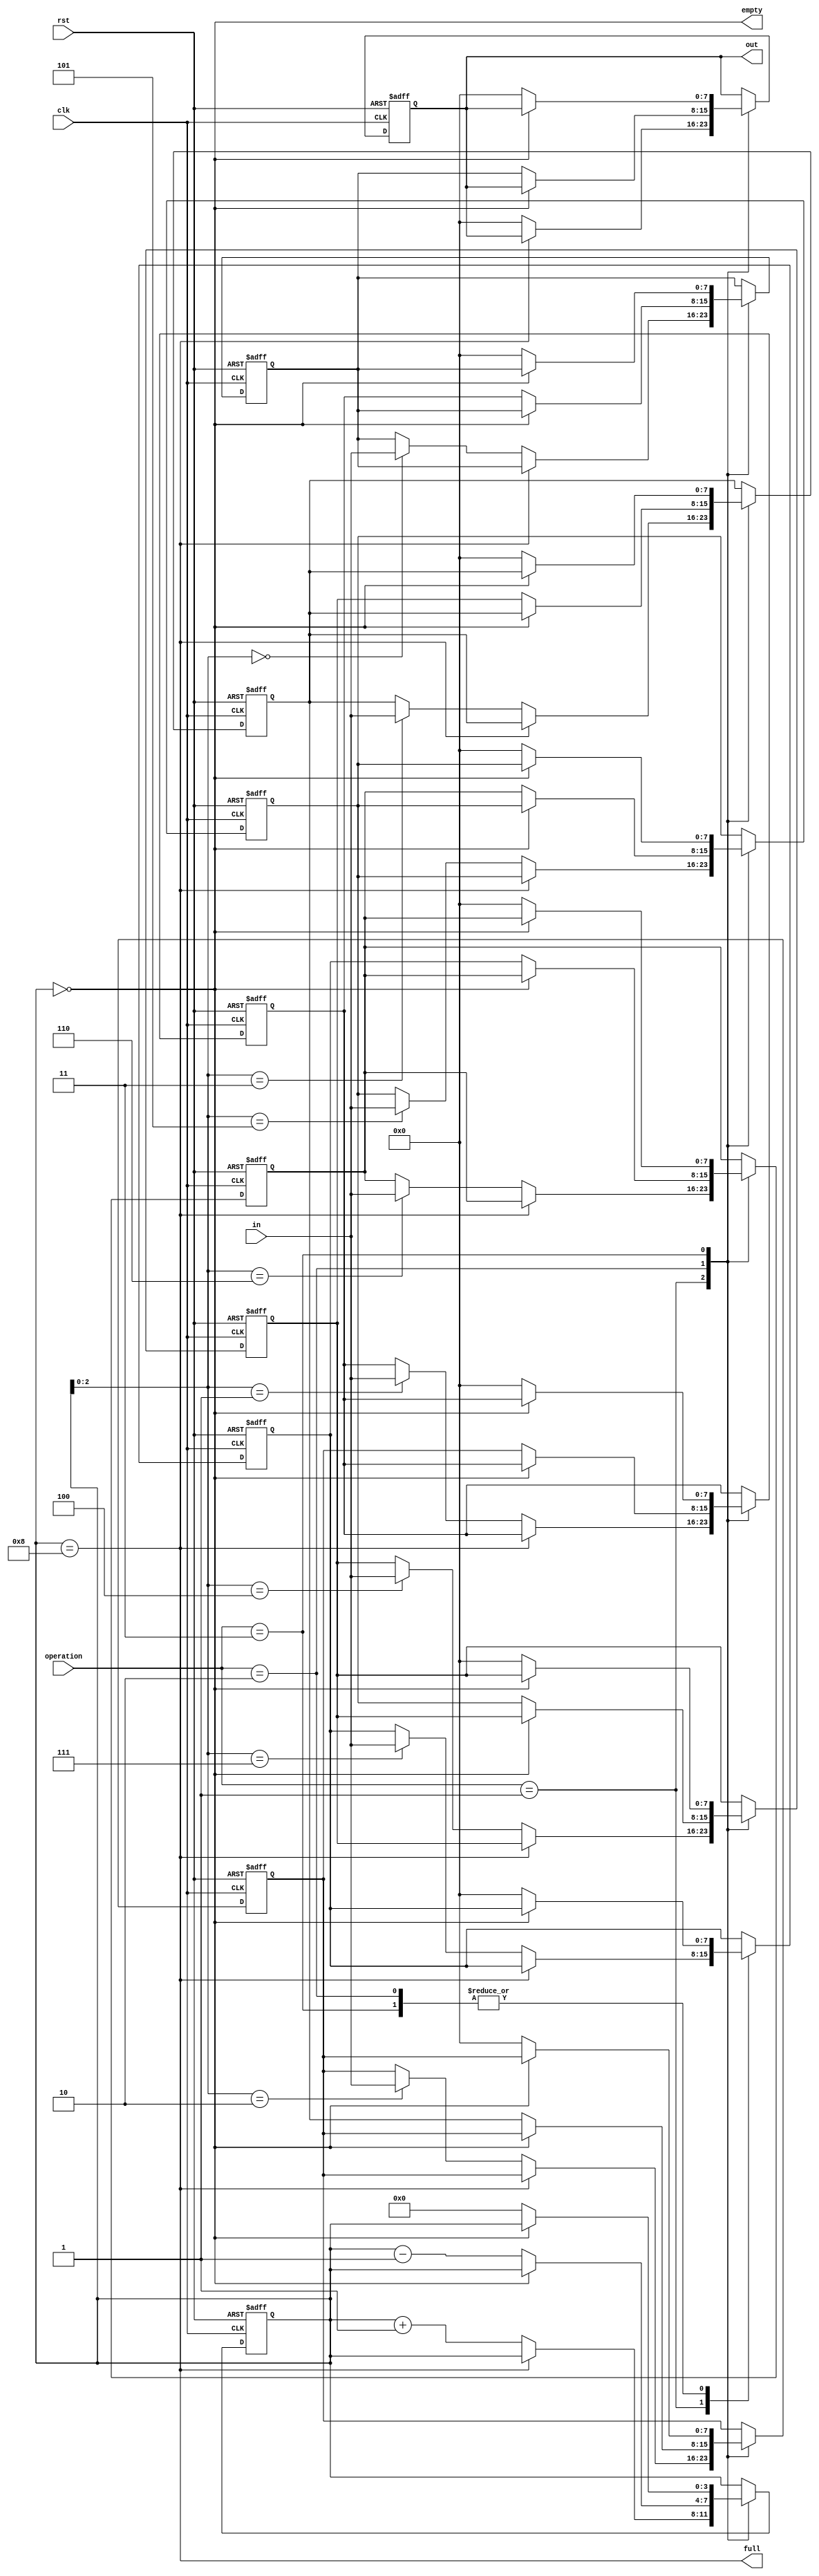
module Queue(clk, rst, operation, in, out, empty, full);
    input       clk;
    input       rst;
    input [1:0] operation;
    input [7:0] in;
    // Register
    output reg [7:0] out;
    output      empty;
    // Wire
    output       full;

parameter Idle = 2'b00, 
          Enqueue = 2'b01, 
          Dequeue = 2'b10, 
          Clear = 2'b11;


reg [7:0] mem [7:0];
reg [3:0] count; 


assign full = (count == 8);
assign empty = (count == 0);


always@(posedge clk or posedge rst)
begin
    if(rst)
    begin
        mem[0] <= 0;
        mem[1] <= 0;
        mem[2] <= 0;
        mem[3] <= 0;
        mem[4] <= 0;
        mem[5] <= 0;
        mem[6] <= 0;
        mem[7] <= 0;
        count <= 4'd0;
        out <= 8'd0;
    end
    else
    begin
        case(operation)

             Enqueue:begin
                          if(full)
                          begin
                              
                          end
                          else
                          begin
                              out <= 0;
                              mem[count] <= in;
                              count <= count + 1;
                          end
                     end

             Dequeue:begin
                          if(empty)
                          begin
                              
                          end
                          else
                          begin
                              out <= mem[0];
                              mem[0] <= mem[1];
                              mem[1] <= mem[2];
                              mem[2] <= mem[3];
                              mem[3] <= mem[4];
                              mem[4] <= mem[5];
                              mem[5] <= mem[6];
                              mem[6] <= mem[7];
                              mem[7] <= 0;
                              count <= count - 1;
                          end
                     end

             Clear:begin
                         if(empty)
                         begin
                             
                         end
                         else
                         begin
                              out <= 0;
                              mem[0] <= 0;
                              mem[1] <= 0;
                              mem[2] <= 0;
                              mem[3] <= 0;
                              mem[4] <= 0;
                              mem[5] <= 0;
                              mem[6] <= 0;
                              mem[7] <= 0;
                              count <= 0;                             
                         end
                   end

        endcase
    end
end 







endmodule